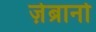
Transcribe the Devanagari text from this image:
ज़ेब्रानो